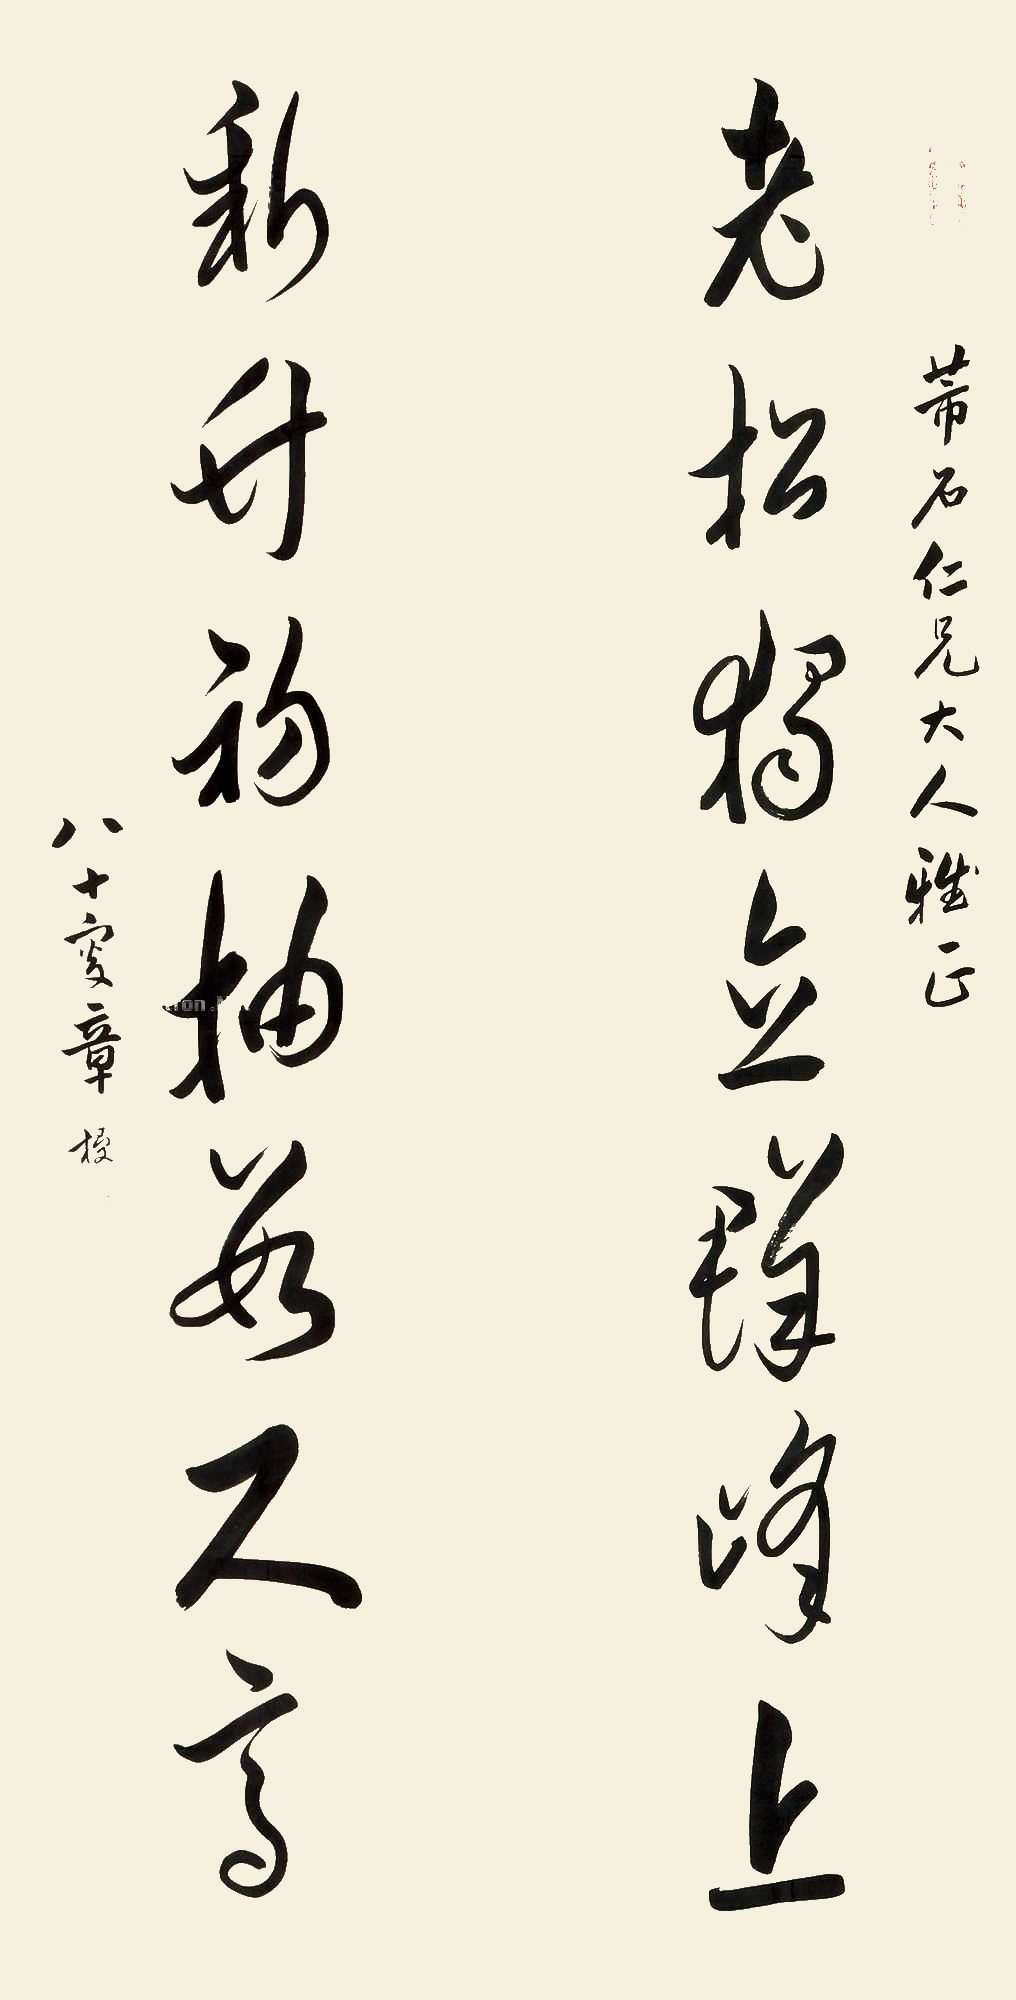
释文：老松独立群峰上，新竹初抽数尺高。芾石仁兄大人雅正，八十三叟章梫。